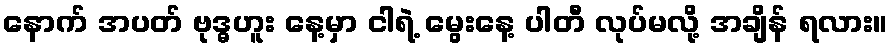
နောက် အပတ် ဗုဒ္ဓဟူး နေ့မှာ ငါရဲ့ မွေးနေ့ ပါတီ လုပ်မလို့ အချိန် ရလား။